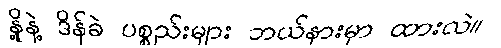
နို့နဲ့ ဒိန်ခဲ ပစ္စည်းများ ဘယ်နားမှာ ထားလဲ။